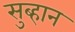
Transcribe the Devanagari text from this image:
सुब्हान